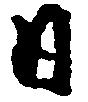
日